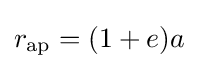
{\textstyle r_{\text{ap}}=(1+e)a}